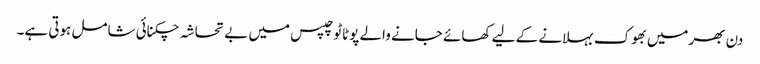
دن بھرمیں بھوک بہلانے کے لیے کھائے جانے والے پوٹاٹو چپس میں بے تحاشہ چکنائی شامل ہوتی ہے۔